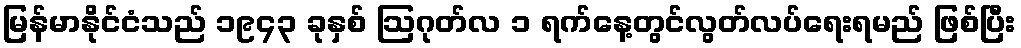
မြန်မာနိုင်ငံသည် ၁၉၄၃ ခုနှစ် ဩဂုတ်လ ၁ ရက်နေ့တွင်လွတ်လပ်ရေးရမည် ဖြစ်ပြီး